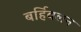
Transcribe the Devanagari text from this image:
बर्हिवलन